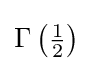
{\textstyle \Gamma \left({\frac {1}{2}}\right)}